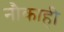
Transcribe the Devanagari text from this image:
नौकाही